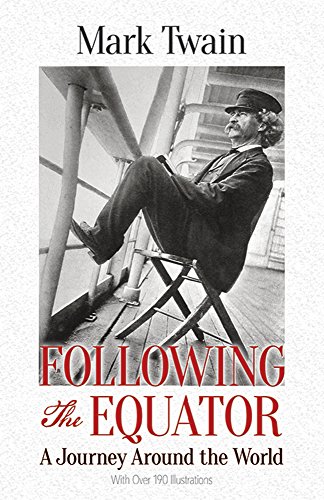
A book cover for Following the Equator: A Journey Around the World; Mark Twain; Travel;